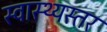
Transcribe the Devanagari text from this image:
स्वास्थ्यस्तर